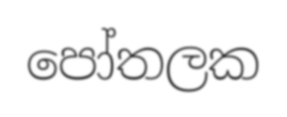
පෝතලක